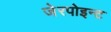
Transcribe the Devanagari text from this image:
जेरपोइन्ट